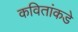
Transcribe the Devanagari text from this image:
कवितांकडे